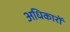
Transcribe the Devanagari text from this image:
अधिकारों